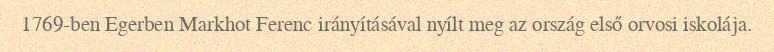
1769-ben Egerben Markhot Ferenc irányításával nyílt meg az ország első orvosi iskolája.